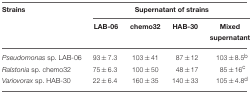
<table><thead><tr><td><b>Strains</b></td><td colspan="4"><b>Supernatant of strains</b></td></tr><tr><td></td><td><b>LAB-06</b></td><td><b>chemo32</b></td><td><b>HAB-30</b></td><td><b>Mixed supernatant</b></td></tr></thead><tbody><tr><td><i>Pseudomonas</i> sp. LAB-06</td><td>93±7.3</td><td>103±41</td><td>87±12</td><td>103±8.5<sup>b</sup></td></tr><tr><td><i>Ralstonia</i> sp. chemo32</td><td>75±6.3</td><td>100±50</td><td>48±17</td><td>85±16<sup>c</sup></td></tr><tr><td><i>Variovorax</i> sp. HAB-30</td><td>22±6.4</td><td>160±35</td><td>140±33</td><td>105±4.8<sup>d</sup></td></tr></tbody></table>